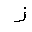
Letter: _zay